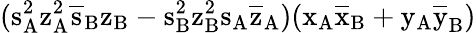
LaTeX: (\mathrm{s_{A}^{2}\mathrm{z_{A}^{2}\mathrm{\overline{{s}}_{B}\mathrm{z_{B}-\mathrm{s_{B}^{2}\mathrm{z_{B}^{2}\mathrm{s_{A}\mathrm{\overline{{z}}_{A})(\mathrm{x_{A}\mathrm{\overline{{x}}_{B}+\mathrm{y_{A}\mathrm{\overline{{y}}_{B})}}}}}}}}}}}}